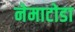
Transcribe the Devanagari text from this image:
नेमाटोडा